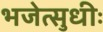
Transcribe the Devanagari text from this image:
भजेत्सुधीः